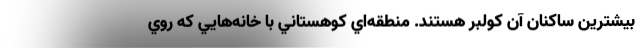
بيشترين ساكنان آن كولبر هستند. منطقه‌اي كوهستاني با خانه‌هايي كه روي